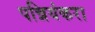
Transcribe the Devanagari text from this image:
पन्नियंकरा